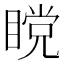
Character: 𰥹